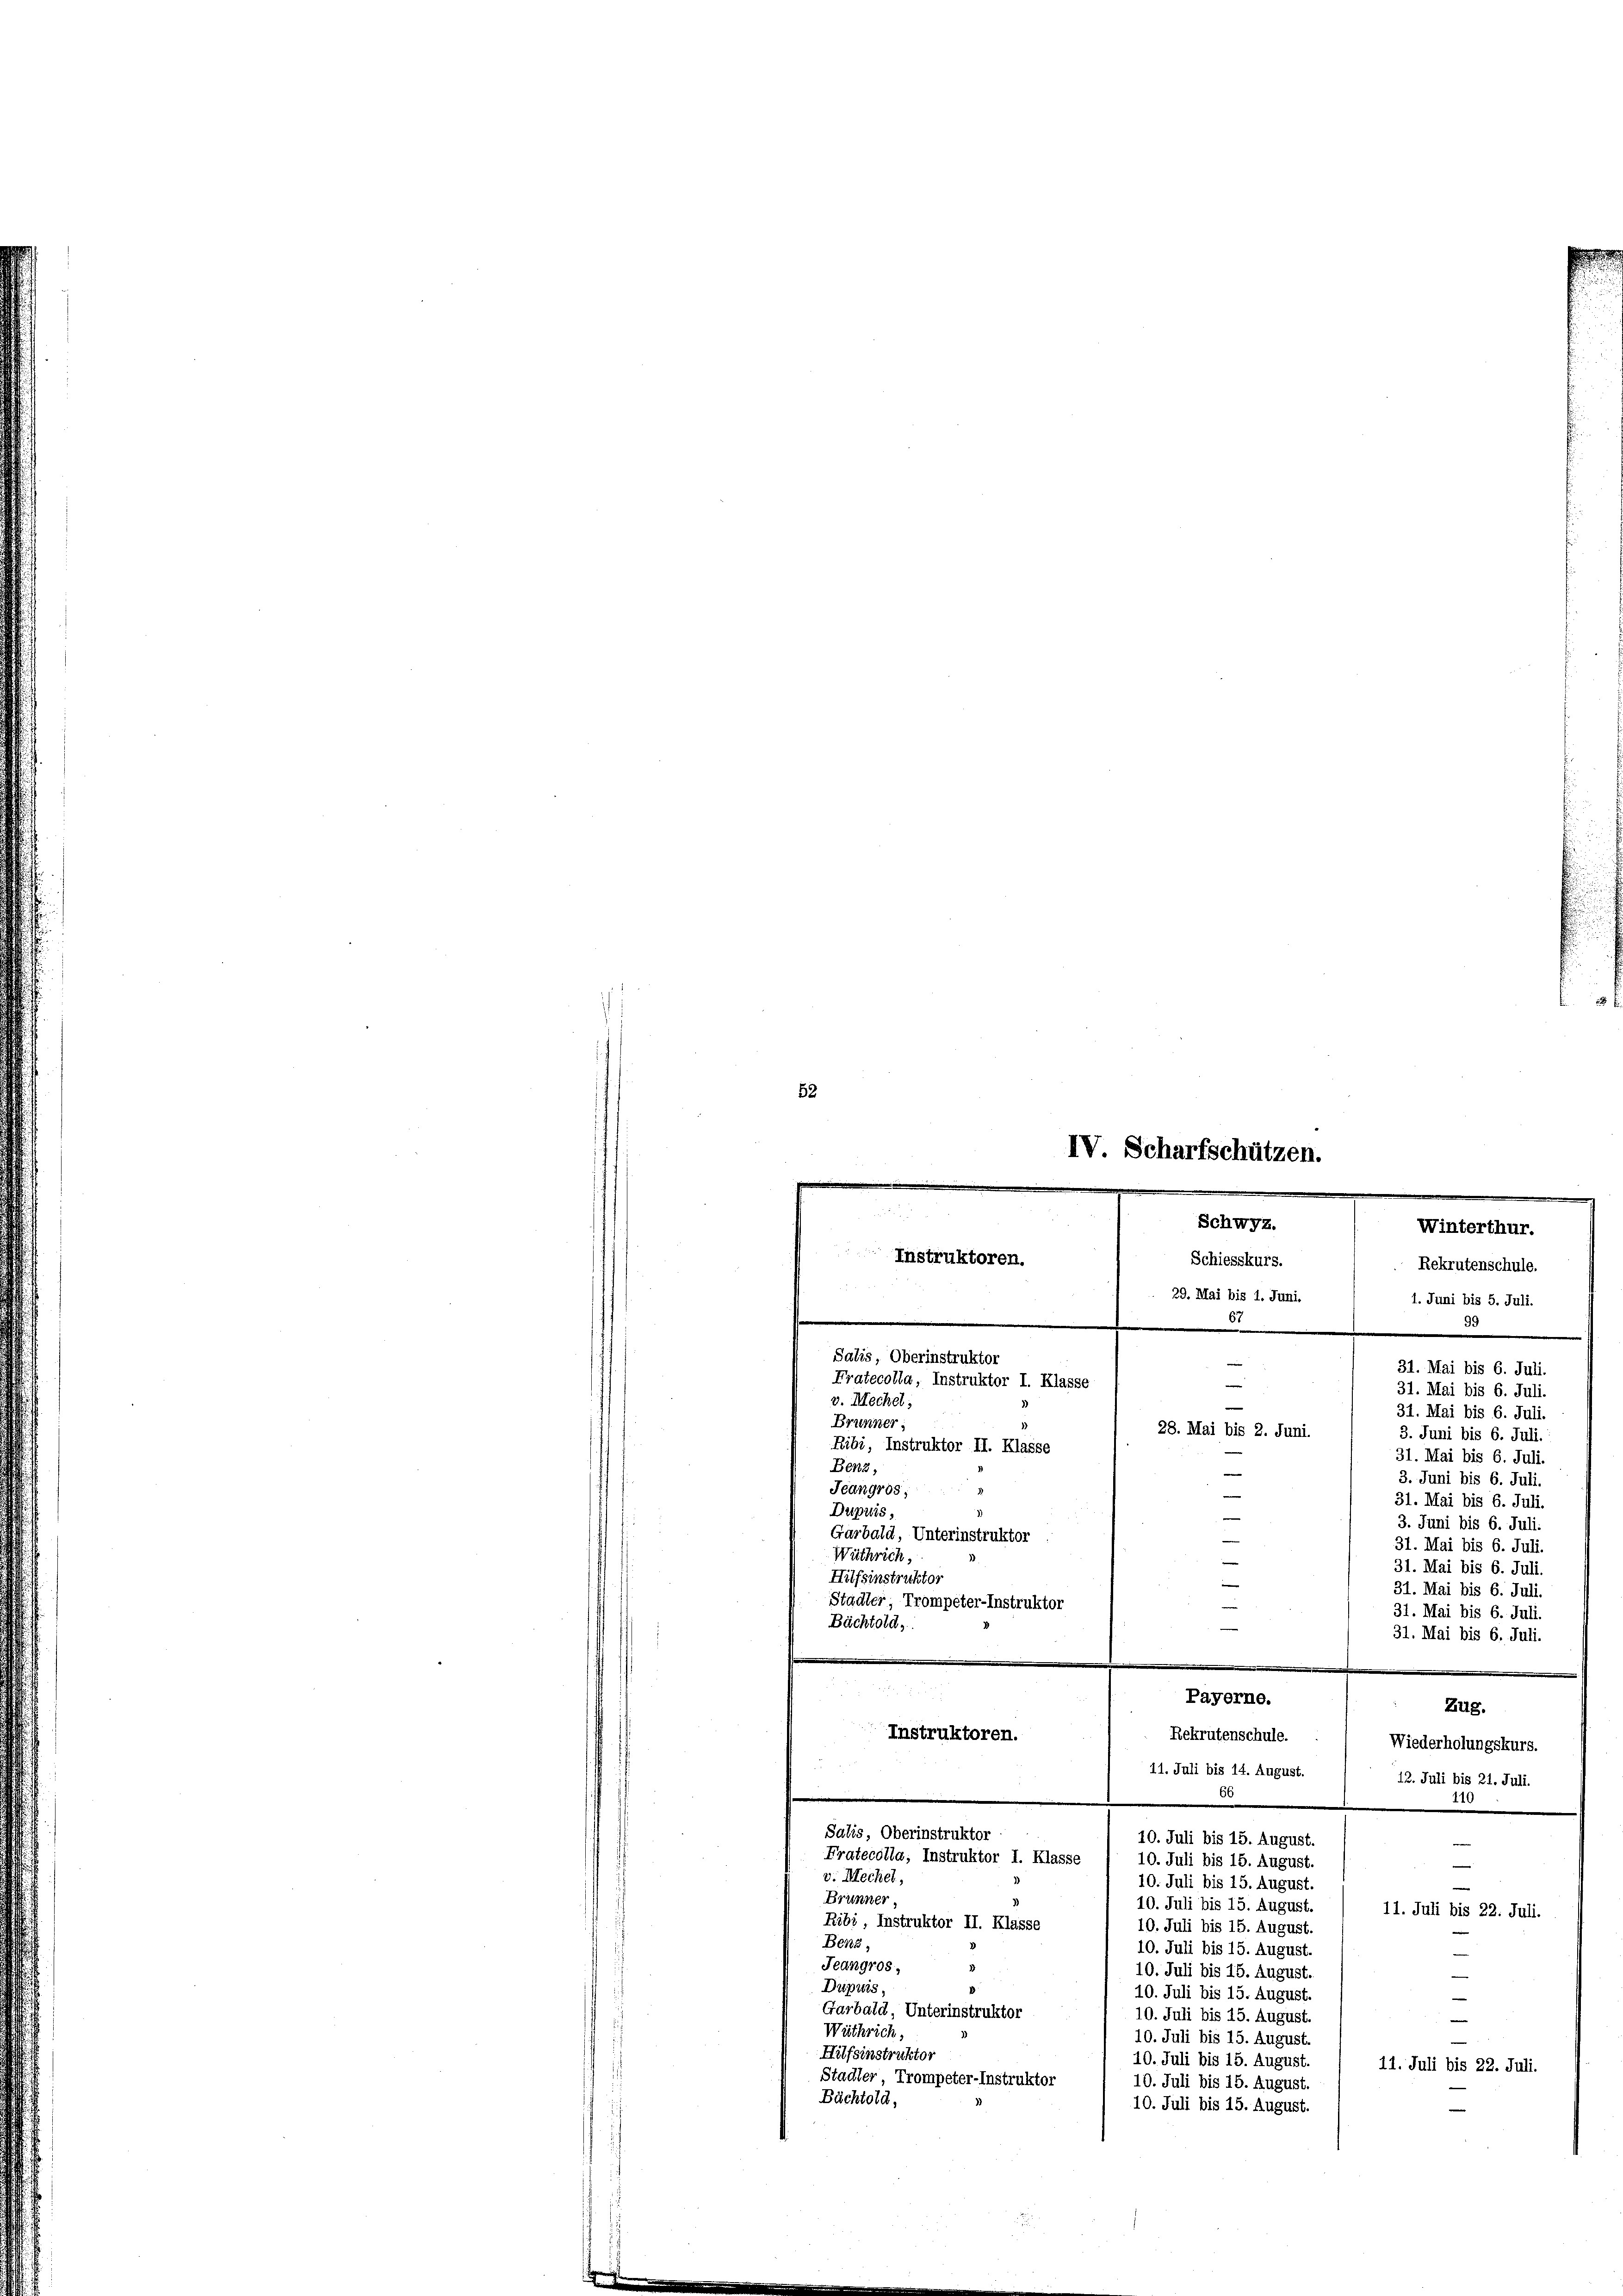
52

IV. Scharfschützen.
e
.
t

Schwyz.
Winterthur.
Instruktoren.
Schiesskurs.
Rekrutenschule.
29. Mai bis 1. Juni.
6
Salis, Oberinstruktor
31. Mai bis 6. Juli.
Fratecolla, Instruktor I. Klasse
n
31. Mai bis 6. Juli.
v. Mechel,
e
31. Mai bis 6. Juli.
Brunner;
28. Mai bis 2. Juni.
3. Juni bis 6. Juli.
Ribi, Instruktor II. Klasse
31. Mai bis 6. Juli.
Benz,
e
3. Juni bis 6. Juli.
Jeangros;
e
31. Mai bis 6. Juli.
Dupuis,
3. Juni bis 6. Juli.
Garbald, Unterinstruktor
31. Mai bis 6. Juli.
Wüthrich,

Hilfsinstruktor
Stadler Trompeter-Instruktor
Bächtold,

31. Mai bis 6. Juli.
31. Mai bis 6. Juli.
31. Mai bis 6. Juli.
31. Mai bis 6. Juli.

Payerne.
Zug.
Instruktoren.
Rekrutenschule.
Wiederholungskurs.
11. Juli bis 14. August.
13. Juli bis 21. Juli.
66
10
Salis, Oberinstruktor
10. Juli bis 15. August.
e
Fratecolla, Instruktor I. Klasse
10. Juli bis 15. August.
.
v. Mechel,
10. Juli bis 15. August.
Brünner,
10. Juli bis 15. August.
11. Juli bis 22. Juli.
Ribi, Instruktor II. Klasse
10. Juli bis 15. August.
Benz,
10. Juli bis 15. August.
e
Jeangros,
10. Juli bis 15. August.
Drpuis,
10. Juli bis 15. August
—
Garbald, Unterinstruktor
10. Juli bis 15. August.
Wüthrich,
10. Juli bis 15. August.
Hilfsinstruktor
10. Juli bis 15. August.
11. Juli bis 22. Juli.
Stadter, Trompeter-Instruktor
10. Juli bis 15. August.
Büchtold,
10. Juli bis 15. August.

1. Juni bis 5. Juli.